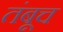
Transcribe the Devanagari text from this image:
तंबूच